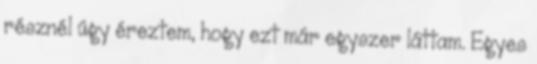
résznél úgy éreztem, hogy ezt már egyszer láttam. Egyes